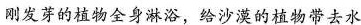
刚发芽的植物全身淋浴，给沙漠的植物带去水